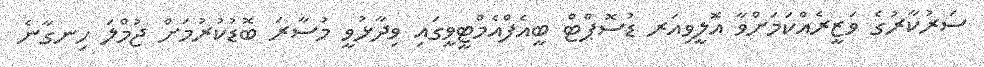
ސަރުކާރުގެ ވަޒީރެއްކަމަށްވާ އޮލީވިއަރ ޑުސޮޕްޓް ބީއެފްއެމްޓީވީގައި ވިދާޅުވީ މުސާރަ ބޮޑުކުރުމަށް ޖުމްލަ ހިނގާނެ